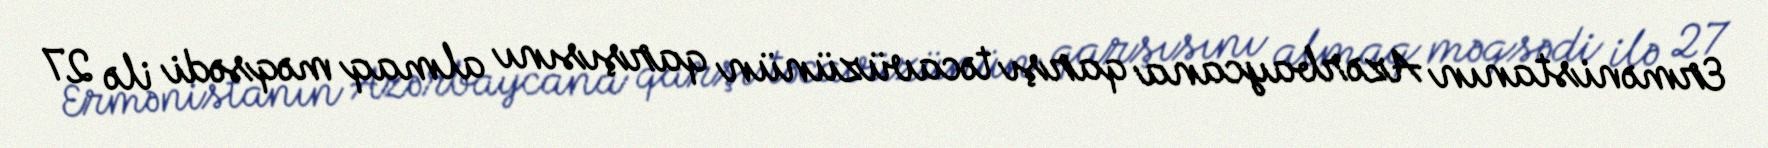
Ermənistanın Azərbaycana qarşı təcavüzünün qarşısını almaq məqsədi ilə 27